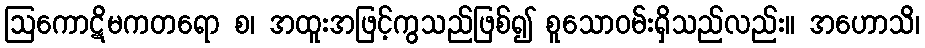
ဩကောဋိမကတရော စ၊ အထူးအဖြင့်ကွသည်ဖြစ်၍ စူသောဝမ်းရှိသည်လည်း။ အဟောသိ၊